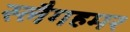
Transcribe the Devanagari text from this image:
स्लैगहमर